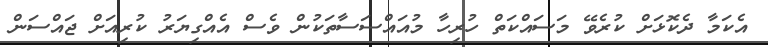
އެކަމާ ދެކޮޅަށް ކުރެވޭ މަސައްކަތް ހުރިހާ މުއައްސަސާތަކުން ވެސް އެއްގިޔަރު ކުރިއަށް ޖައްސަން